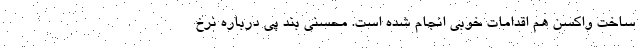
ساخت واکسن هم اقدامات خوبی انجام شده است. محسنی بند پی درباره نرخ